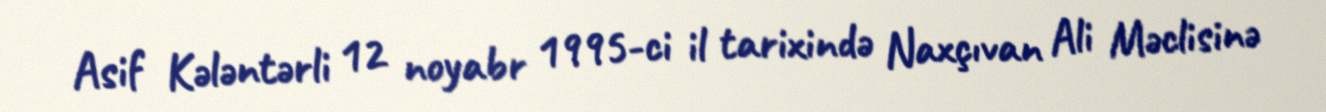
Asif Kələntərli 12 noyabr 1995-ci il tarixində Naxçıvan Ali Məclisinə